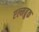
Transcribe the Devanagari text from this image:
एल्मब्रुक